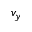
v _ { y }